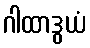
ဂါထာဒွယံ